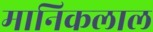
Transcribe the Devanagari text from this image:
मानिकलाल